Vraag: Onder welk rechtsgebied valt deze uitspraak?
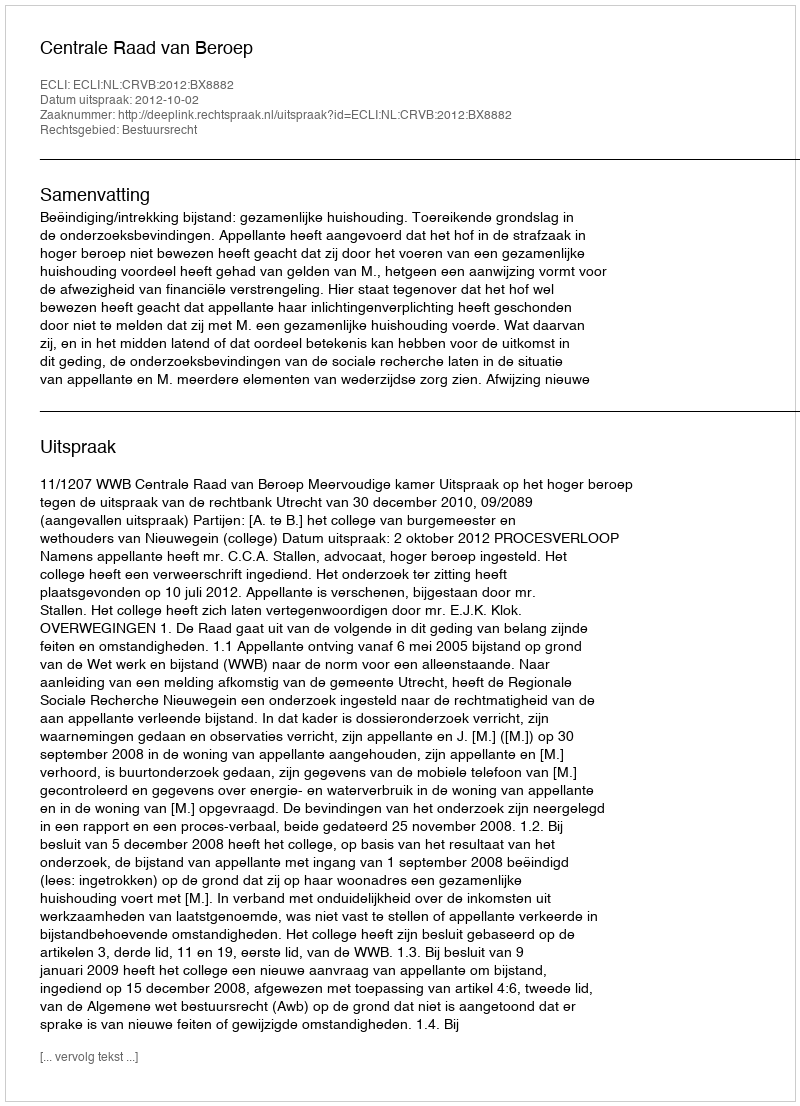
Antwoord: Bestuursrecht